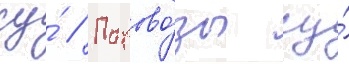
су́ // Парово́зы су́